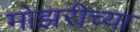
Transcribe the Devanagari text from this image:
मोझरीच्या